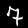
Digit: 7